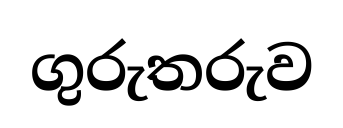
ගුරුතරුව